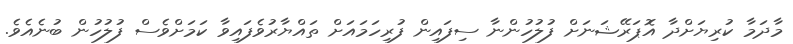
މާދަމާ ކުރިޔަށްދާ އޮޕަރޭޝަނަށް ފުލުހުންނާ ސިފައިން ފުރިހަމައަށް ތައްޔާރުވެފައިވާ ކަމަށްވެސް ފުލުހުން ބުނެއެވެ.